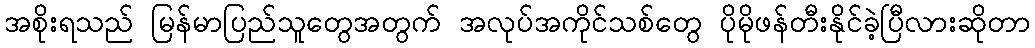
အစိုးရသည် မြန်မာပြည်သူတွေအတွက် အလုပ်အကိုင်သစ်တွေ ပိုမိုဖန်တီးနိုင်ခဲ့ပြီလားဆိုတာ